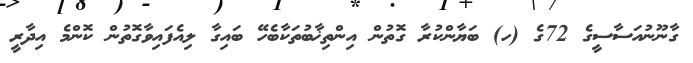
ގާނޫނުއަސާސީގެ 72ގެ (ހ) ބަޔާންކުރާ ގޮތުން އިންތިޚާބުތަކާބެހޭ ބައިގާ ލިއެފައިވާގޮތުން ކޮންމެ އިދާރީ